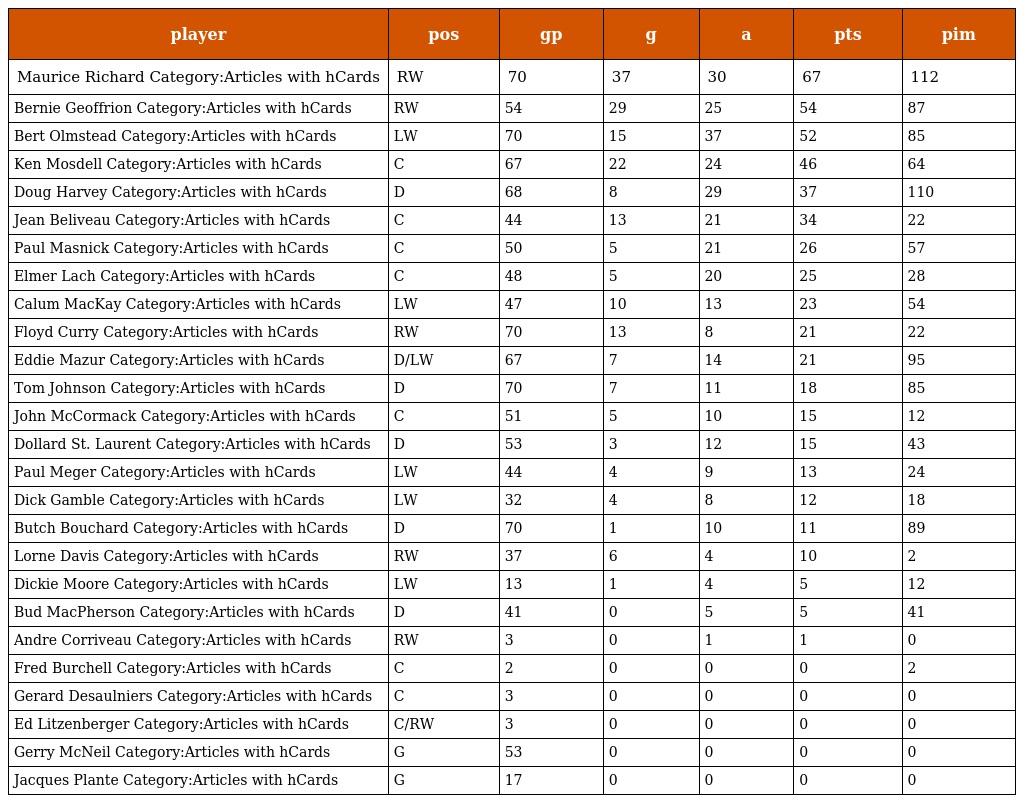
| player | pos | gp | g | a | pts | pim |
 | --- | --- | --- | --- | --- | --- | --- |
 | Maurice Richard Category:Articles with hCards | RW | 70 | 37 | 30 | 67 | 112 |
 | Bernie Geoffrion Category:Articles with hCards | RW | 54 | 29 | 25 | 54 | 87 |
 | Bert Olmstead Category:Articles with hCards | LW | 70 | 15 | 37 | 52 | 85 |
 | Ken Mosdell Category:Articles with hCards | C | 67 | 22 | 24 | 46 | 64 |
 | Doug Harvey Category:Articles with hCards | D | 68 | 8 | 29 | 37 | 110 |
 | Jean Beliveau Category:Articles with hCards | C | 44 | 13 | 21 | 34 | 22 |
 | Paul Masnick Category:Articles with hCards | C | 50 | 5 | 21 | 26 | 57 |
 | Elmer Lach Category:Articles with hCards | C | 48 | 5 | 20 | 25 | 28 |
 | Calum MacKay Category:Articles with hCards | LW | 47 | 10 | 13 | 23 | 54 |
 | Floyd Curry Category:Articles with hCards | RW | 70 | 13 | 8 | 21 | 22 |
 | Eddie Mazur Category:Articles with hCards | D/LW | 67 | 7 | 14 | 21 | 95 |
 | Tom Johnson Category:Articles with hCards | D | 70 | 7 | 11 | 18 | 85 |
 | John McCormack Category:Articles with hCards | C | 51 | 5 | 10 | 15 | 12 |
 | Dollard St. Laurent Category:Articles with hCards | D | 53 | 3 | 12 | 15 | 43 |
 | Paul Meger Category:Articles with hCards | LW | 44 | 4 | 9 | 13 | 24 |
 | Dick Gamble Category:Articles with hCards | LW | 32 | 4 | 8 | 12 | 18 |
 | Butch Bouchard Category:Articles with hCards | D | 70 | 1 | 10 | 11 | 89 |
 | Lorne Davis Category:Articles with hCards | RW | 37 | 6 | 4 | 10 | 2 |
 | Dickie Moore Category:Articles with hCards | LW | 13 | 1 | 4 | 5 | 12 |
 | Bud MacPherson Category:Articles with hCards | D | 41 | 0 | 5 | 5 | 41 |
 | Andre Corriveau Category:Articles with hCards | RW | 3 | 0 | 1 | 1 | 0 |
 | Fred Burchell Category:Articles with hCards | C | 2 | 0 | 0 | 0 | 2 |
 | Gerard Desaulniers Category:Articles with hCards | C | 3 | 0 | 0 | 0 | 0 |
 | Ed Litzenberger Category:Articles with hCards | C/RW | 3 | 0 | 0 | 0 | 0 |
 | Gerry McNeil Category:Articles with hCards | G | 53 | 0 | 0 | 0 | 0 |
 | Jacques Plante Category:Articles with hCards | G | 17 | 0 | 0 | 0 | 0 |